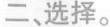
二，选择。